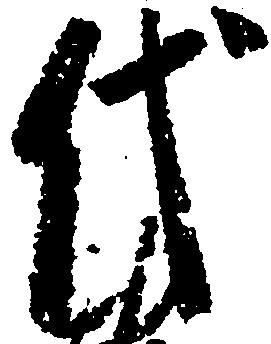
代